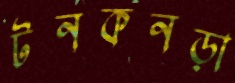
টনকনড়া